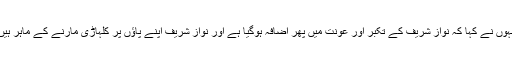
انہوں نے کہا کہ نواز شریف کے تکبر اور عونت میں پھر اضافہ ہوگیا ہے اور نواز شریف اپنے پاؤں پر کلہاڑی مارنے کے ماہر ہیں۔